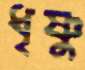
ধৃষ্ণু